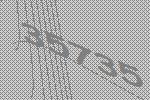
35735